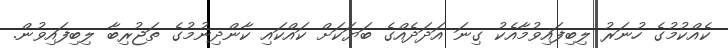
ކެއްކުމުގެ ހުނަރު ލިބިފައިވުމާއެކު ގިނަ އަދަދެއްގެ ބަޔަކަށް ކައްކައި ކާންދިނުމުގެ ތަޖުރިބާ ލިބިފައިވުން.